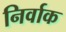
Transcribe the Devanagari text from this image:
निर्वाक